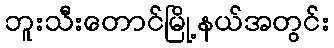
ဘူးသီးတောင်မြို့နယ်အတွင်း